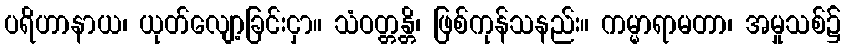
ပရိဟာနာယ၊ ယုတ်လျော့ခြင်းငှာ။ သံဝတ္တန္တိ၊ ဖြစ်ကုန်သနည်း။ ကမ္မာရာမတာ၊ အမှုသစ်၌